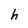
Character: h